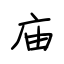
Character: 庙